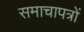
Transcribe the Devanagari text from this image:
समाचापत्रों